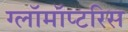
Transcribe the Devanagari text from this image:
ग्लॉमॉप्टरिस